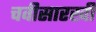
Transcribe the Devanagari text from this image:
चवीसारखी